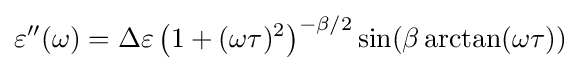
\varepsilon ''(\omega )=\Delta \varepsilon \left(1+(\omega \tau )^{2}\right)^{-\beta /2}\sin(\beta \arctan(\omega \tau ))